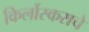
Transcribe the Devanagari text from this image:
किर्लोस्कराचे